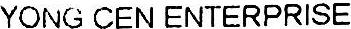
YONG CEN ENTERPRISE